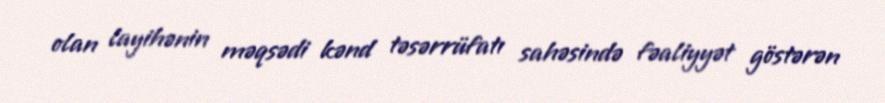
olan layihənin məqsədi kənd təsərrüfatı sahəsində fəaliyyət göstərən